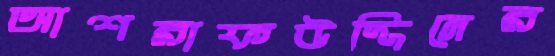
আশরাফউদ্দিনের